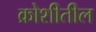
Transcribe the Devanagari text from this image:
क्रोशीतील